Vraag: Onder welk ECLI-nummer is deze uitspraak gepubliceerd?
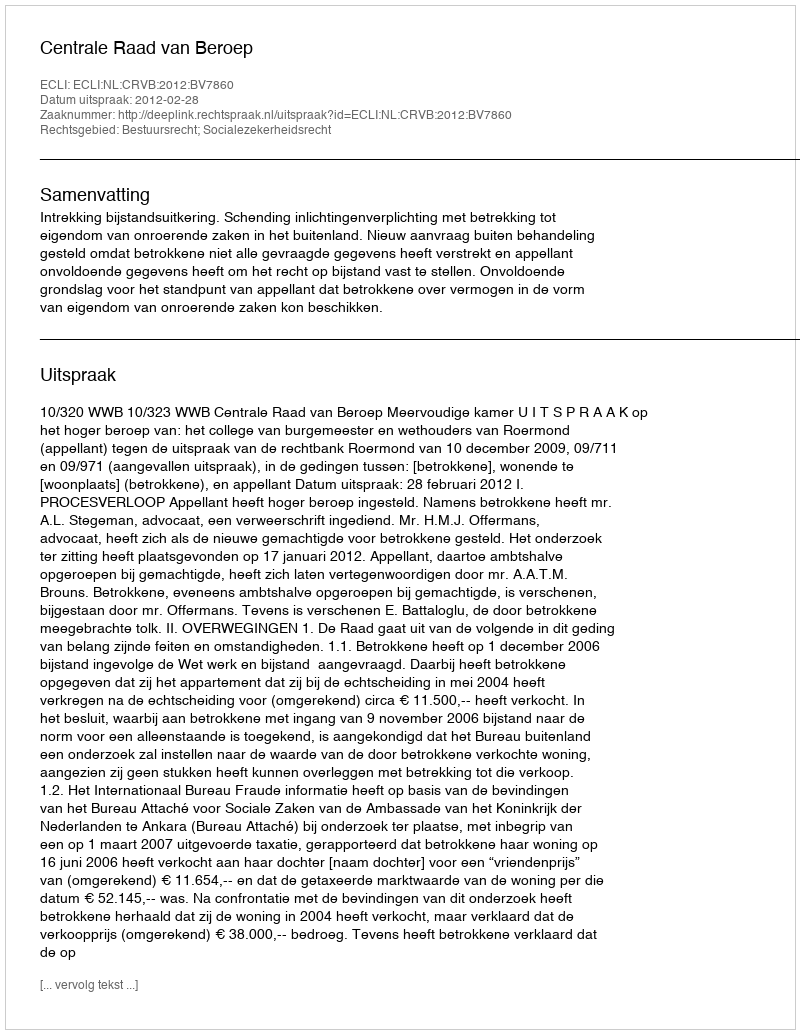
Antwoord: ECLI:NL:CRVB:2012:BV7860